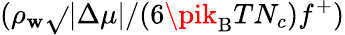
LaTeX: (\rho_{\mathbf{w}}\sqrt{}{{|\Delta\mu|/(6\pik_{\mathrm{{B}}}TN_{c})}}f^{+})